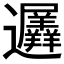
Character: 𮟨